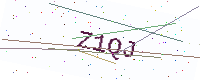
Text: Z1QJ